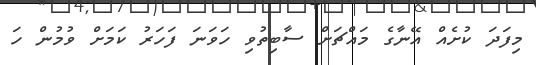
މިފަދަ ކުށެއް އޭނާގެ މައްޗަށް ސާބިތުވި ހަވަނަ ފަހަރު ކަމަށް ވުމުން ހަ